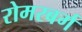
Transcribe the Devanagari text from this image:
रोमरबर्ग